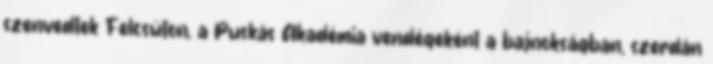
szenvedtek Felcsúton, a Puskás Akadémia vendégeként a bajnokságban, szerdán